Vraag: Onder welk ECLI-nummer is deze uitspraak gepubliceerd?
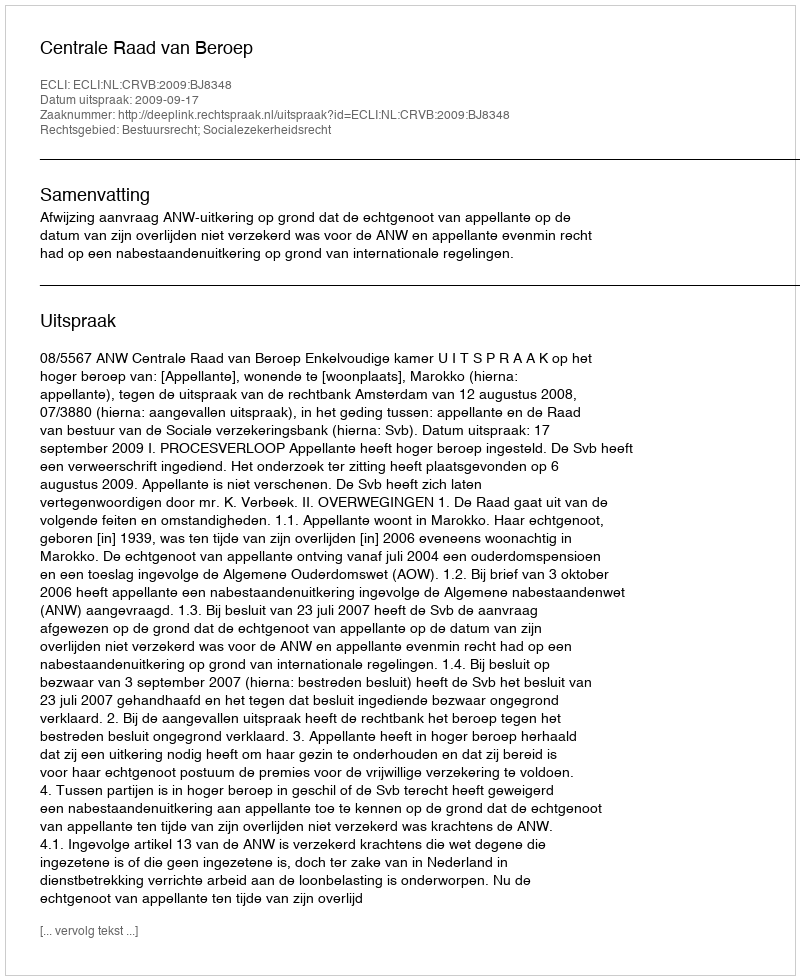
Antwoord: ECLI:NL:CRVB:2009:BJ8348